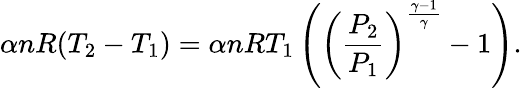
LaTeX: \alpha nR(T_{2}-T_{1})=\alpha nRT_{1}\left(\left({\frac{P_{2}}{P_{1}}}\right)^{\frac{\gamma-1}{\gamma}}-1\right).